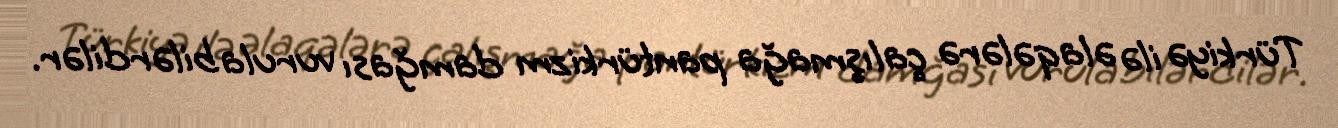
Türkiyə ilə əlaqələrə çalışmağa pantürkizm damğası vurula bilərdilər.